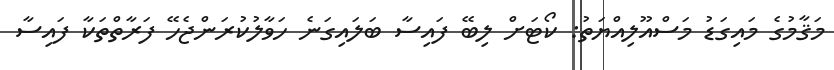
މަޤާމުގެ މައިގަޑު މަސްއޫލިއްޔަތު: ކޯޓަށް ލިބޭ ފައިސާ ބަލައިގަނެ ހަވާލުކުރަންޖެހޭ ފަރާތްތަކާ ފައިސާ